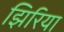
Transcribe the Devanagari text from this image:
झिरिया